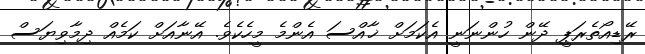
ރޭޑިއޯތެރަޕީ ދޭން ހުންނަނީ އެކަމަށް ޚާއްސަ އެންމެ މީހެކެވެ. އޭނާއަށް ކަމެއް ދިމާވިޔަސް